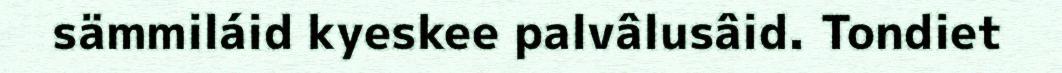
sämmiláid kyeskee palvâlusâid. Tondiet